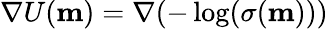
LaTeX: \nabla U(\mathbf{m})=\nabla\! \left(-\log(\sigma(\mathbf{m}))\right)